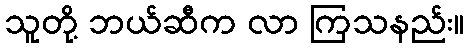
သူတို့ ဘယ်ဆီက လာ ကြသနည်း။